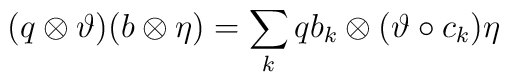
(q\otimes \vartheta )(b \otimes \eta)=\sum_{k} qb_k \otimes(\vartheta \circ c_k )\eta